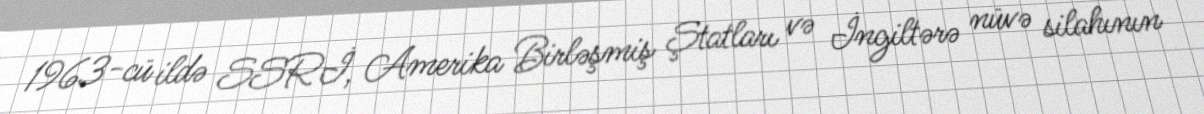
1963-cü ildə SSRİ, Amerika Birləşmiş Ştatları və İngiltərə nüvə silahının